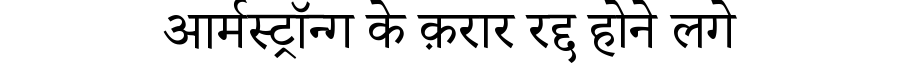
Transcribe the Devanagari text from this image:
आर्मस्ट्रॉन्ग के क़रार रद्द होने लगे